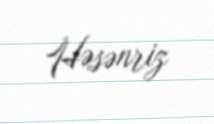
Həsənriz